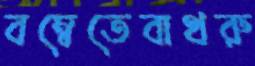
বম্বেতেবাথরু